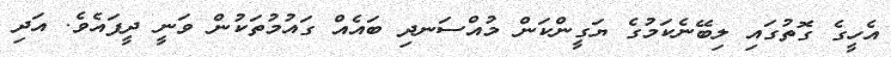
އެހީގެ ގޮތުގައި ލިބޭނެކަމުގެ ޔަގީންކަން މުއްސަނދި ބައެއް ގައުމުތަކުން ވަނީ ދީފައެވެ. އަދި